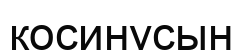
косинусын